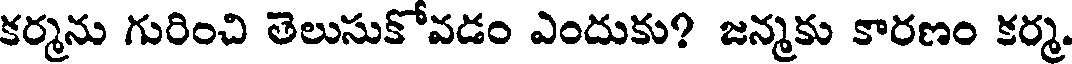
కర్మను గురించి తెలుసుకోవడం ఎందుకు? జన్మకు కారణం కర్మ